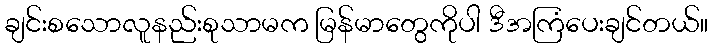
ချင်းစသောလူနည်းစုသာမက မြန်မာတွေကိုပါ ဒီအကြံပေးချင်တယ်။